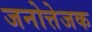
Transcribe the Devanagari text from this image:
जनोत्तेजक